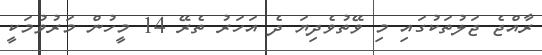
ރާއްޖެ ޖަލުތަކުގައި މި ވޭތުވެދިޔަ ދެ އަހަރު ތެރޭ 14 މީހުން މަރުވުމަކީ